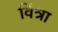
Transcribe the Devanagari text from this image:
विंत्रा